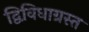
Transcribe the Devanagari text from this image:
द्विविधाग्रस्त